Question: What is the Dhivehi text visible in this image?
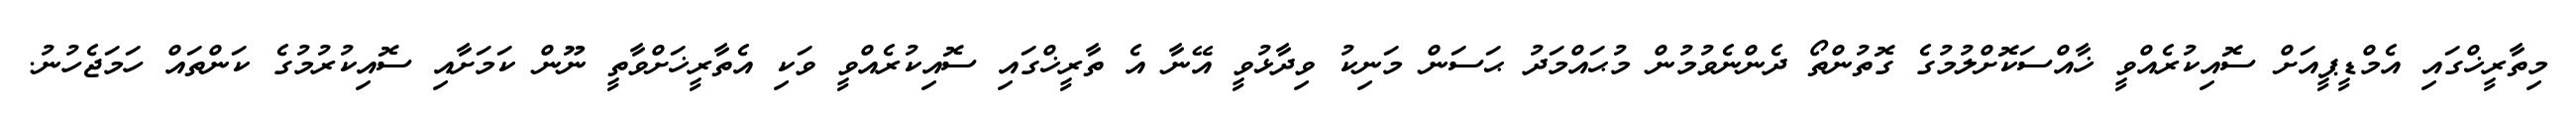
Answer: މިތާރީޚްގައި އެމްޑީޕީއަށް ސޮއިކުރެއްވީ ޚާއްސަކޮށްލުމުގެ ގޮތުންތޯ ދެންނެވުމުން މުޙައްމަދު ޙަސަން މަނިކު ވިދާޅުވީ އޭނާ އެ ތާރީޚްގައި ސޮއިކުރެއްވީ ވަކި އެތާރީޚަށްވާތީ ނޫން ކަމަށާއި ސޮއިކުރުމުގެ ކަންތައް ހަމަޖެހުނު.